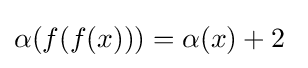
\alpha (f(f(x)))=\alpha (x)+2~